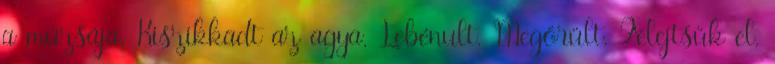
a múzsája. Kiszikkadt az agya. Lebénult. Megőrült. Felejtsük el,